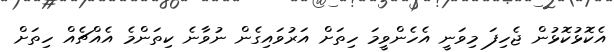
އެކޮޅުކޮޅުން ޖެހިފަ މިވަނީ އެހެންވީމަ ހިތަށް އަރުވައިގެން ނުވާނެ ކިތަންމެ އެއްޗެއް ހިތަށް